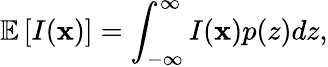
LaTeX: \mathbb{E}\left[I(\mathbf{x})\right]=\int_{-\infty}^{\infty}I(\mathbf{x})p(z)dz,